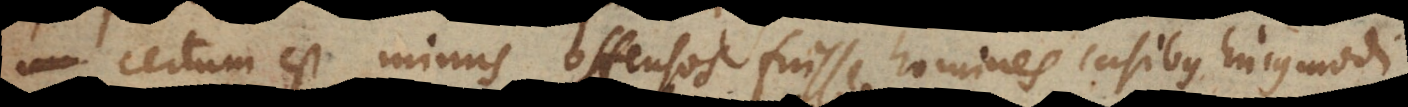
certum est minus offensos fuisse homines casibus hujusmodi